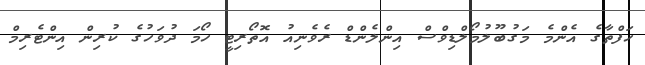
ހަފްތާގެ އެންމެ މަގުބޫލުމޯލްޑިވްސް އިންލެންޑް ރެވެނިއު އޮތޯރިޓީ ހޯމަ ދުވަހުގެ ކުރިން އިންޓެރިމް